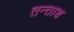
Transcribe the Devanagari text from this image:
तन्ताश